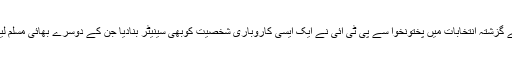
واضح رہے کہ سینیٹ کے گزشتہ انتخابات میں پختونخوا سے پی ٹی آئی نے ایک ایسی کاروباری شخصیت کوبھی سینیٹر بنادیا جن کے دوسرے بھائی مسلم لیگ (ن) کے سینیٹر تھے ۔